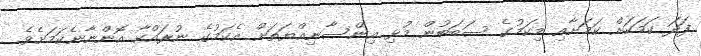
ފަދަ ކަމަކަށް ކަމަށާއި މިކަމުގެ ސަބަބުން މުޅި އިންސާނިއްޔަތަށް އެކަމުގެ ނުރައްކާ އޮންނާނެކަމަށެވެ.